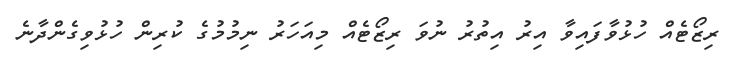
ރިޒޯޓެއް ހުޅުވާފައިވާ އިރު އިތުރު ނުވަ ރިޒޯޓެއް މިއަހަރު ނިމުމުގެ ކުރިން ހުޅުވިގެންދާނެ